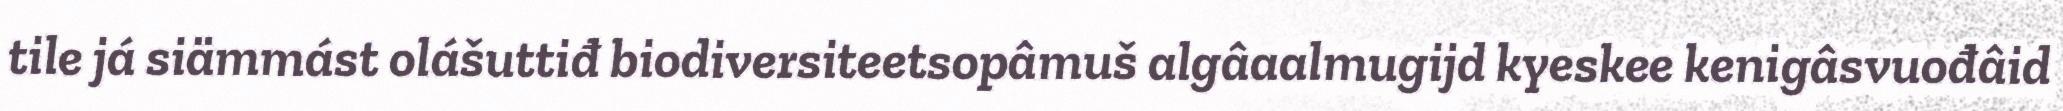
tile já siämmást olášuttiđ biodiversiteetsopâmuš algâaalmugijd kyeskee kenigâsvuođâid